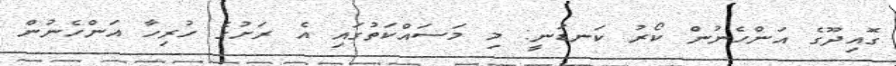
ގޮއިދޫގެ އަންހެނުން ކޯރު ކަނޑަނީ: މި މަސައްކަތުގައި އެ ރަށުގެ ހުރިހާ އަންހެނުން